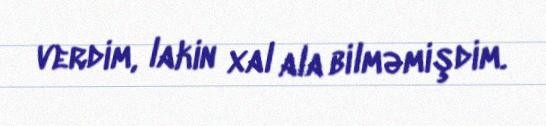
verdim, lakin xal ala bilməmişdim.